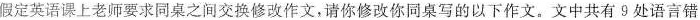
假定英语课上老师要求同桌之间交换修改作文,请你修改你同桌写的以下作文.文中共有 9处语言错